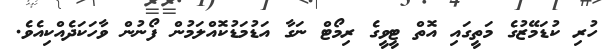
ހުރި ކުޑަމޭޒުގެ މަތީގައި އޮތް ޓީވީގެ ރިމޯޓް ނަގާ އަޑުމަޑުކޮއްލަމުން ފޯނުން ވާހަކަދެއްކިއެވެ.